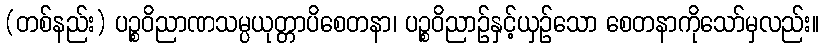
(တစ်နည်း) ပဉ္စဝိညာဏသမ္ပယုတ္တာပိစေတနာ၊ ပဉ္စဝိညာဉ်နှင့်ယှဉ်သော စေတနာကိုသော်မှလည်း။